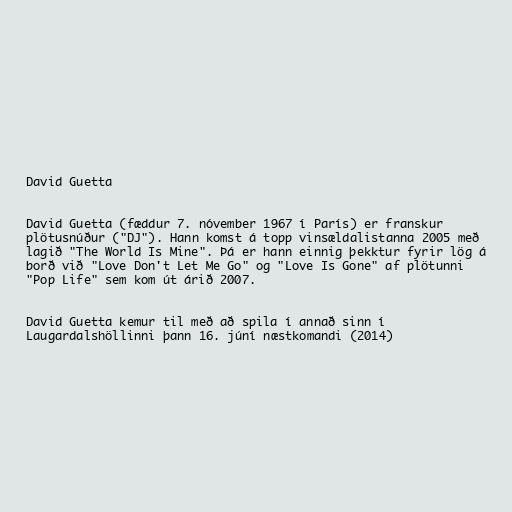
David Guetta

David Guetta (fæddur 7. nóvember 1967 í París) er franskur
plötusnúður ("DJ"). Hann komst á topp vinsældalistanna 2005 með
lagið "The World Is Mine". Þá er hann einnig þekktur fyrir lög á
borð við "Love Don't Let Me Go" og "Love Is Gone" af plötunni
"Pop Life" sem kom út árið 2007.

David Guetta kemur til með að spila í annað sinn í
Laugardalshöllinni þann 16. júní næstkomandi (2014)